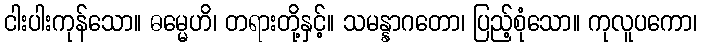
ငါးပါးကုန်သော။ ဓမ္မေဟိ၊ တရားတို့နှင့်။ သမန္နာဂတော၊ ပြည့်စုံသော။ ကုလူပကော၊